Note on the mental hospitals in Burma - 1925-1940
Year: 1925
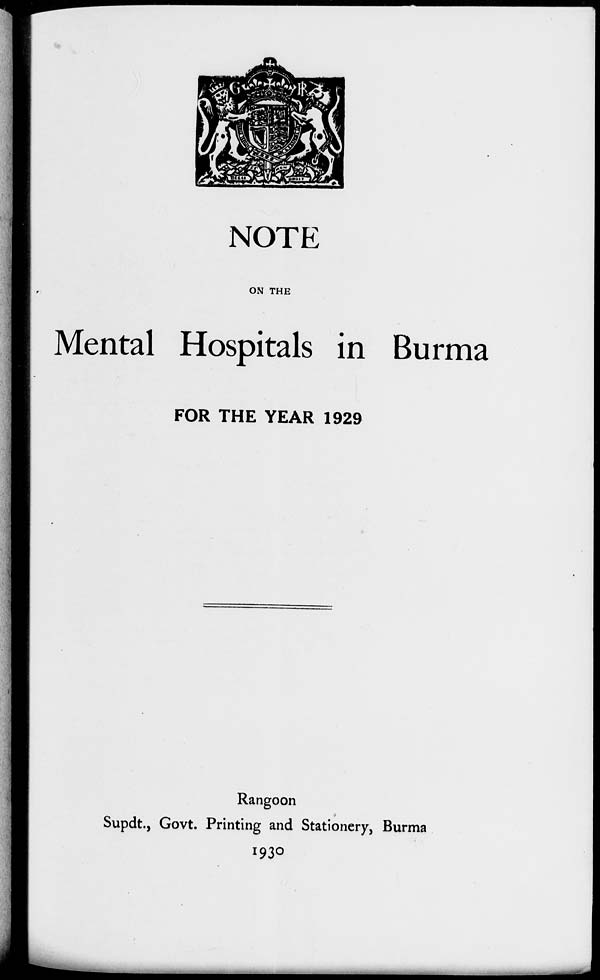
NOTE
ON THE
Mental Hospitals in Burma
FOR THE YEAR 1929
Rangoon
Supdt., Govt. Printing and Stationery, Burma
1930